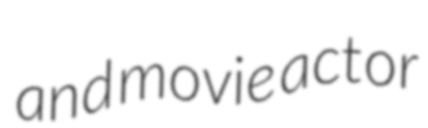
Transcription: and movie actor